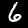
Digit: 6